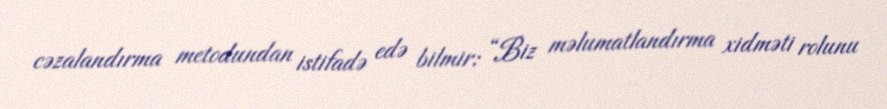
cəzalandırma metodundan istifadə edə bilmir: “Biz məlumatlandırma xidməti rolunu